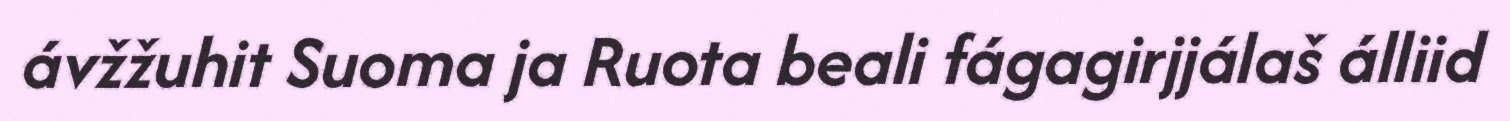
ávžžuhit Suoma ja Ruota beali fágagirjjálaš álliid